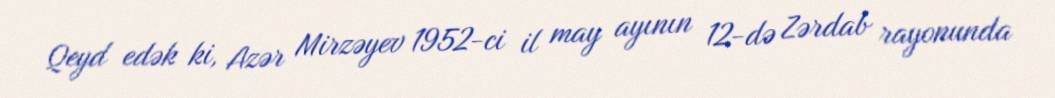
Qeyd edək ki, Azər Mirzəyev 1952-ci il may ayının 12-də Zərdab rayonunda